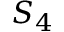
S _ { 4 }